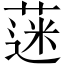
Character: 蒾